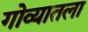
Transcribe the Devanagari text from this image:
गोव्यातला